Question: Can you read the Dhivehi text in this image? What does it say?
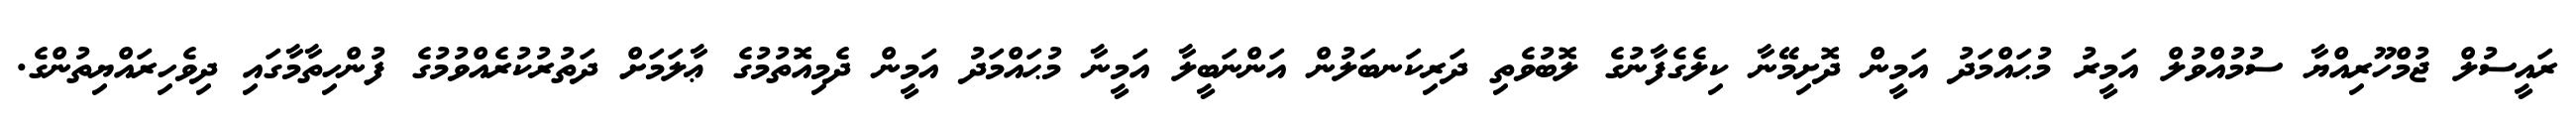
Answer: ރައީސުލް ޖުމްހޫރިއްޔާ ސުމުއްވުލް އަމީރު މުޙައްމަދު އަމީން ދޮށިމޭނާ ކިލެގެފާނުގެ ލޮބުވެތި ދަރިކަނބަލުން އަންނަބީލާ އަމީނާ މުޙައްމަދު އަމީން ދެމިއޮތުމުގެ ޢާލަމަށް ދަތުރުކުރެއްވުމުގެ ފުންހިތާމާގައި ދިވެހިރައްޔިތުންގެ.